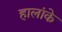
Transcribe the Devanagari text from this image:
हालांके